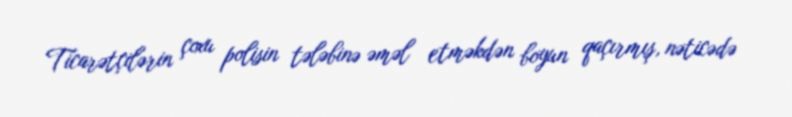
Ticarətçilərin çoxu polisin tələbinə əməl etməkdən boyun qaçırmış, nəticədə